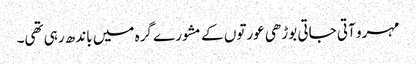
مہرو آتی جاتی بوڑھی عورتوں کے مشورے گرہ میں باندھ رہی تھی۔